Vaccine operations Central Provinces & Berar 1912-1920 - 1912-1920
Year: 1912
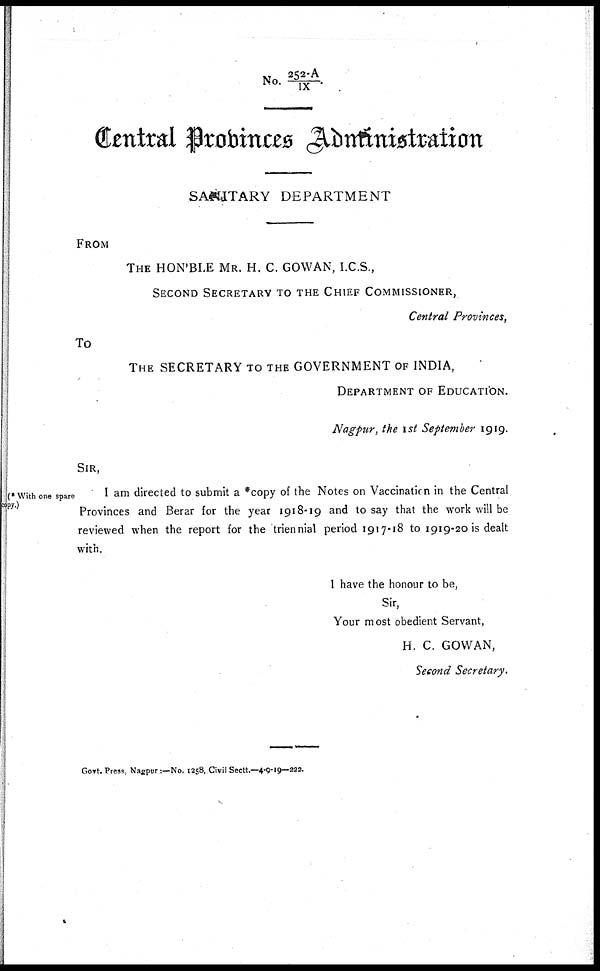
No. 252-A/ IX.
Central Provinces Administration
SANITARY DEPARTMENT
FROM
THE HON'BLE MR. H. C. GOWAN, I.C.S.,
SECOND SECRETARY TO THE CHIEF COMMISSIONER,
Central Provinces,
To
THE SECRETARY TO THE GOVERNMENT OF INDIA,
DEPARTMENT OF EDUCATION.
Nagpur, the 1st September 1919.
(* With one spare
copy.)
SIR,
I am directed to submit a *copy of the Notes on Vaccination in the Central
Provinces and Berar for the year 1918-19 and to say that the work will be
reviewed when the report for the triennial period 1917-18 to 1919-20 is dealt
with.
I have the honour to be,
Sir,
Your most obedient Servant,
H. C. GOWAN,
Second Secretary.
Govt. Press, Nagpur:—No. 1258, Civil Sectt.—4-9-19—222.